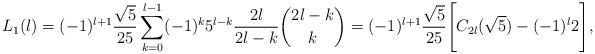
LaTeX: \begin{align*}L_{1}(l)=(-1)^{l+1}\frac{\sqrt{5}}{25}\sum_{k=0}^{l-1}(-1)^{k}5^{l-k} \frac{2l}{2l-k}\binom {2l-k} {k}=(-1)^{l+1}\frac{\sqrt{5}}{25}\Bigg\lbrack C_{2l}(\sqrt{5}) -(-1)^{l}2\Bigg\rbrack ,\end{align*}